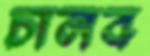
চালব